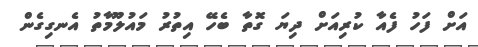
އަށް ފަހު ފެއާ ކުރިއަށް ދިޔަ ގޮތާ ބެހޭ އިތުރު މައުލޫމާތު އެނގިގެން